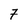
Character: 7